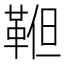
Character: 𩊹